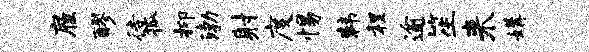
雇醪待狐抑渤射度惕韩程逾笙来媾